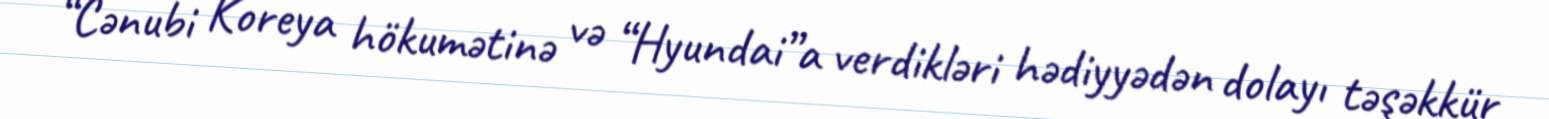
“Cənubi Koreya hökumətinə və “Hyundai”a verdikləri hədiyyədən dolayı təşəkkür